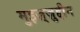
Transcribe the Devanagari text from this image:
मुइज़्ज़ुद्दीन